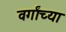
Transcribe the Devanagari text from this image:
वर्गांच्‍या